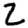
Digit: 2